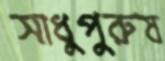
সাধুপুরুষ